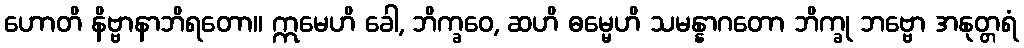
ဟောတိ နိဗ္ဗာနာဘိရတော။ ဣမေဟိ ခေါ, ဘိက္ခဝေ, ဆဟိ ဓမ္မေဟိ သမန္နာဂတော ဘိက္ခု ဘဗ္ဗော အနုတ္တရံ